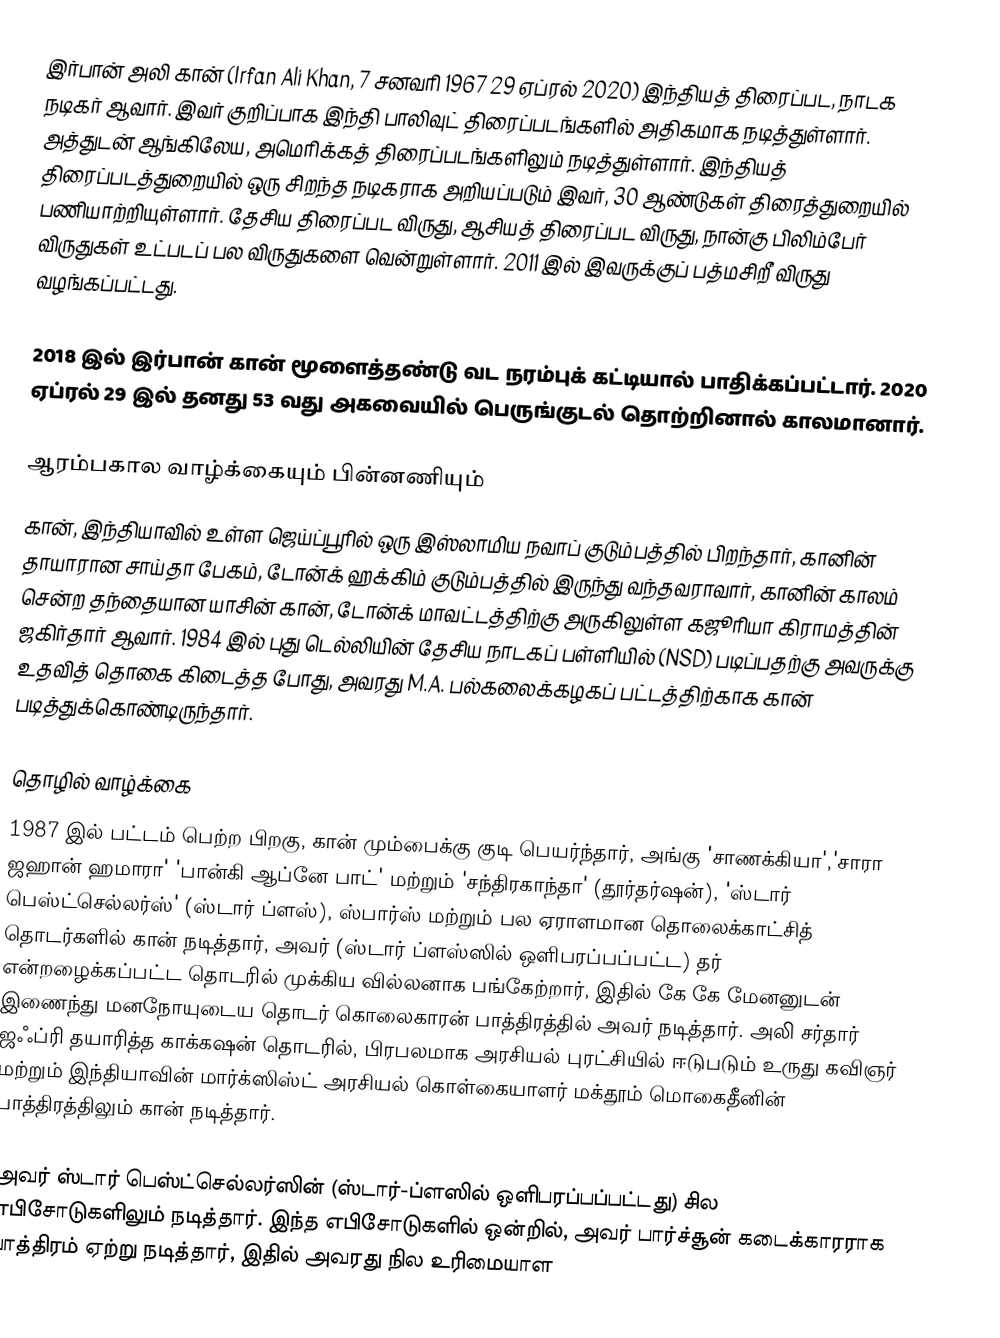
இர்பான் அலி கான் (Irfan Ali Khan, 7 சனவரி 1967 29 ஏப்ரல் 2020) இந்தியத் திரைப்பட, நாடக நடிகர் ஆவார். இவர் குறிப்பாக இந்தி பாலிவுட் திரைப்படங்களில் அதிகமாக நடித்துள்ளார். அத்துடன் ஆங்கிலேய, அமெரிக்கத் திரைப்படங்களிலும் நடித்துள்ளார். இந்தியத் திரைப்படத்துறையில் ஒரு சிறந்த நடிகராக அறியப்படும் இவர், 30 ஆண்டுகள் திரைத்துறையில் பணியாற்றியுள்ளார். தேசிய திரைப்பட விருது, ஆசியத் திரைப்பட விருது, நான்கு பிலிம்பேர் விருதுகள் உட்படப் பல விருதுகளை வென்றுள்ளார். 2011 இல் இவருக்குப் பத்மசிறீ விருது வழங்கப்பட்டது.

2018 இல் இர்பான் கான் மூளைத்தண்டு வட நரம்புக் கட்டியால் பாதிக்கப்பட்டார். 2020 ஏப்ரல் 29 இல் தனது 53 வது அகவையில் பெருங்குடல் தொற்றினால் காலமானார்.

ஆரம்பகால வாழ்க்கையும் பின்னணியும்
கான், இந்தியாவில் உள்ள ஜெய்ப்பூரில் ஒரு இஸ்லாமிய நவாப் குடும்பத்தில் பிறந்தார், கானின் தாயாரான சாய்தா பேகம், டோன்க் ஹக்கிம் குடும்பத்தில் இருந்து வந்தவராவார், கானின் காலம் சென்ற தந்தையான யாசின் கான், டோன்க் மாவட்டத்திற்கு அருகிலுள்ள கஜூரியா கிராமத்தின் ஜகிர்தார் ஆவார். 1984 இல் புது டெல்லியின் தேசிய நாடகப் பள்ளியில் (NSD) படிப்பதற்கு அவருக்கு உதவித் தொகை கிடைத்த போது, அவரது M.A. பல்கலைக்கழகப் பட்டத்திற்காக கான் படித்துக்கொண்டிருந்தார்.

தொழில் வாழ்க்கை
1987 இல் பட்டம் பெற்ற பிறகு, கான் மும்பைக்கு குடி பெயர்ந்தார், அங்கு 'சாணக்கியா','சாரா ஜஹான் ஹமாரா' 'பான்கி ஆப்னே பாட்' மற்றும் 'சந்திரகாந்தா' (தூர்தர்ஷன்), 'ஸ்டார் பெஸ்ட்செல்லர்ஸ்' (ஸ்டார் ப்ளஸ்), ஸ்பார்ஸ் மற்றும் பல ஏராளமான தொலைக்காட்சித் தொடர்களில் கான் நடித்தார், அவர் (ஸ்டார் ப்ளஸ்ஸில் ஒளிபரப்பப்பட்ட) தர் என்றழைக்கப்பட்ட தொடரில் முக்கிய வில்லனாக பங்கேற்றார், இதில் கே கே மேனனுடன் இணைந்து மனநோயுடைய தொடர் கொலைகாரன் பாத்திரத்தில் அவர் நடித்தார். அலி சர்தார் ஜஃப்ரி தயாரித்த காக்கஷன் தொடரில், பிரபலமாக அரசியல் புரட்சியில் ஈடுபடும் உருது கவிஞர் மற்றும் இந்தியாவின் மார்க்ஸிஸ்ட் அரசியல் கொள்கையாளர் மக்தூம் மொகைதீனின் பாத்திரத்திலும் கான் நடித்தார்.

அவர் ஸ்டார் பெஸ்ட்செல்லர்ஸின் (ஸ்டார்-ப்ளஸில் ஒளிபரப்பப்பட்டது) சில எபிசோடுகளிலும் நடித்தார். இந்த எபிசோடுகளில் ஒன்றில், அவர் பார்ச்சூன் கடைக்காரராக பாத்திரம் ஏற்று நடித்தார், இதில் அவரது நில உரிமையாள